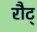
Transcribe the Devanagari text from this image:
रौट्